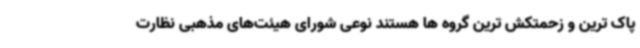
پاک ترین و زحمتکش ترین گروه ها هستند نوعی شورای هیئت‌های مذهبی نظارت